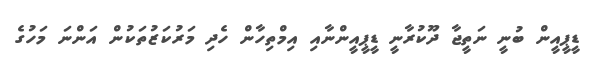
ޑީޕީއީން ބުނީ ނަތީޖާ ދޫކުރާނީ ޑީޕީއީންނާއި އިމްތިހާން ހެދި މަރުކަޒުތަކުން އަންނަ މަހުގެ